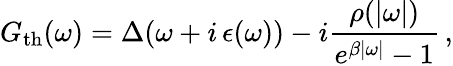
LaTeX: G_{\mathrm{th}}(\omega)=\Delta(\omega+i\, \epsilon(\omega))-i\frac{\rho(|\omega|)}{e^{\beta|\omega|}-1}\, ,